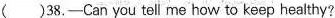
( )38.-Can you tell me how to keep healthy?